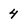
Character: 4